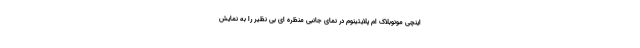
اینچی مونوبلاک ام پلایتینوم در نمای جانبی منظره ای بی نظیر را به نمایش